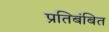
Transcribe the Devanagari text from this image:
प्रतिबंबित